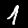
Digit: 1